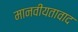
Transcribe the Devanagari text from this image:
मानवीयतावाद